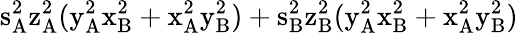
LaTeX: \mathrm{s_{A}^{2}\mathrm{z_{A}^{2}(\mathrm{y_{A}^{2}\mathrm{x_{B}^{2}+\mathrm{x_{A}^{2}\mathrm{y_{B}^{2})+\mathrm{s_{B}^{2}\mathrm{z_{B}^{2}(\mathrm{y_{A}^{2}\mathrm{x_{B}^{2}+\mathrm{x_{A}^{2}\mathrm{y_{B}^{2})}}}}}}}}}}}}